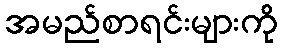
အမည်စာရင်းများကို